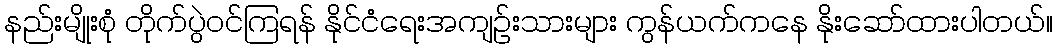
နည်းမျိုးစုံ တိုက်ပွဲဝင်ကြရန် နိုင်ငံရေးအကျဉ်းသားများ ကွန်ယက်ကနေ နိုးဆော်ထားပါတယ်။